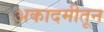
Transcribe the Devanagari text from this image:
अकादमीतून